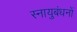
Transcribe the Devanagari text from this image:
स्नायुबंधनों